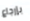
بإرجاع